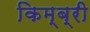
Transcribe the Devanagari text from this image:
किम्ब्री